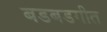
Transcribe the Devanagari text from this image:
बडबडगीत